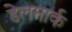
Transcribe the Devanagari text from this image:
डेलमार्क